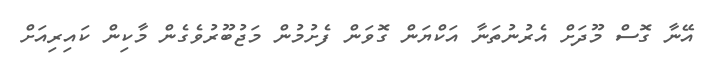
އޭނާ ގޮސް މޫދަށް އެރުނުތަނާ އަކްޔަން ގޮވަން ފެށުމުން މަޖުބޫރުވެގެން މާކިން ކައިރިއަށް